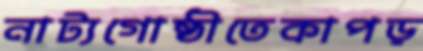
নাট্যগোষ্ঠীতেকাপড়